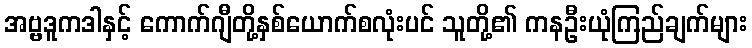
အဗ္ဗဒူကဒါနှင့် ကောက်ဂျီတို့နှစ်ယောက်စလုံးပင် သူတို့၏ ကနဦးယုံကြည်ချက်များ